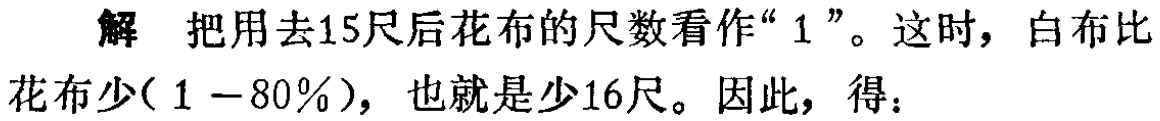
解 把用去15尺后花布的尺数看作“$1$”。这时，白布比花布少$(1 - 80\%)$，也就是少16尺。因此，得：